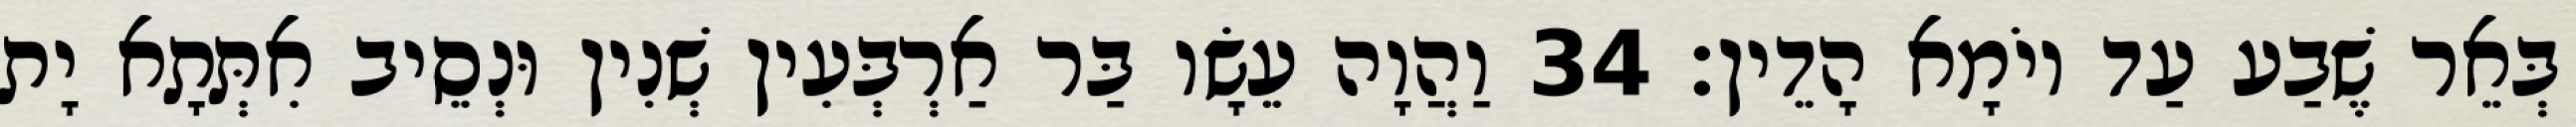
בְּאֵר שֶׁבַע עַד יוֹמָא הָדֵין׃ 34 וַהֲוָה עֵשָׂו בַּר אַרְבְּעִין שְׁנִין וּנְסֵיב אִתְּתָא יָת